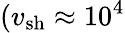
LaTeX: (v_{\mathrm{sh}}\approx 10^{4}